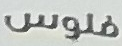
فلوس